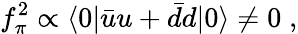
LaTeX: f_{\pi}^{2}\propto\langle 0|\bar{u}u+\bar{d}d|0\rangle\neq 0\; ,